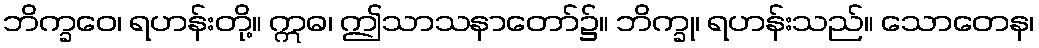
ဘိက္ခဝေ၊ ရဟန်းတို့။ ဣဓ၊ ဤသာသနာတော်၌။ ဘိက္ခု၊ ရဟန်းသည်။ သောတေန၊